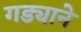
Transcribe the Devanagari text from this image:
गड्याने